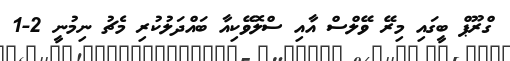
ގްރޫޕް ބީގައި މިރޭ ވޭލްސް އާއި ސްލޮވޭކިއާ ބައްދަލުކުރި މެޗު ނިމުނީ 2-1